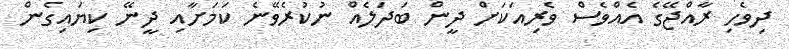
ދިވެހި ރާއްޖޭގެ އެއްވެސް ވެރިއަކަށް ދީން ބަދަލެއް ނުކުރެވޭނެ ކަމަށާއި ދީނޭ ކިޔައިގެން